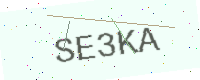
Text: SE3KA